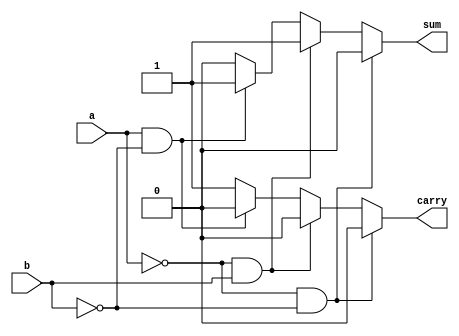
module halfadder2 (sum, carry, a, b);
  input a, b;
  output sum, carry;
  reg sum, carry;
  always @ (a or b)
  begin
    if (a == 0 && b == 0)
      begin
        sum = 0; carry = 0;
      end
    else if (a == 0 && b == 1)
      begin
      sum = 1; carry = 0;
      end
    else if (a == 1 && b == 0)
      begin
      sum = 1; carry = 0;
      end
    else
      begin
        sum = 0; carry = 1;
      end
    end
endmodule